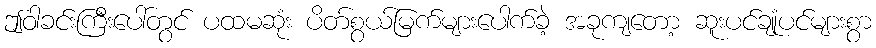
ဤဝါခင်းကြီးပေါ်တွင် ပထမဆုံး ပိတ်စွယ်မြက်များပေါက်ခဲ့ အခုကျတော့ ဆူးပင်ချုံပင်များစွာ